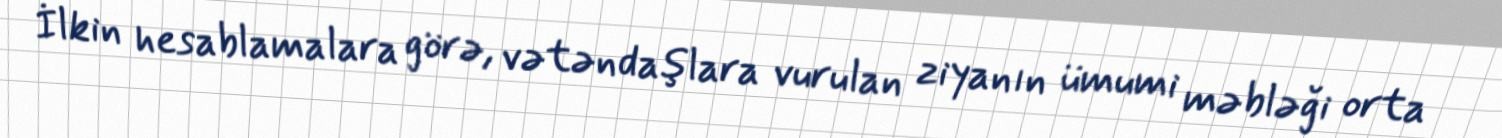
İlkin hesablamalara görə, vətəndaşlara vurulan ziyanın ümumi məbləği orta